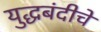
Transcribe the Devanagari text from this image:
युद्धबंदीचे